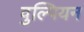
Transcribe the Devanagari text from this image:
वुल्पियन